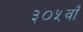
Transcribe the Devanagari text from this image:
३०५वाँ